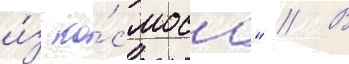
и́з ко́смоса" // В